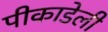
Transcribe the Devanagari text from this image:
पीकाडेली